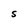
Character: S